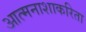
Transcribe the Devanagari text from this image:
आत्मनाशाकरिता